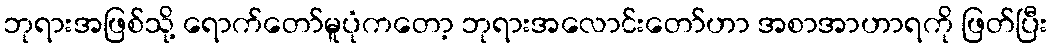
ဘုရားအဖြစ်သို့ ရောက်တော်မူပုံကတော့ ဘုရားအလောင်းတော်ဟာ အစာအာဟာရကို ဖြတ်ပြီး